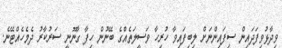
ވިދާޅުވިފަދައިން ސިފައިންނަށް ލިބިފައިވާ ހުރިހާ ވަސީލަތެއްގެ ބޭނުން ހިފާ ގާނޫނީ ސަރުކާރު ދެމެހެއްޓޭނެ.